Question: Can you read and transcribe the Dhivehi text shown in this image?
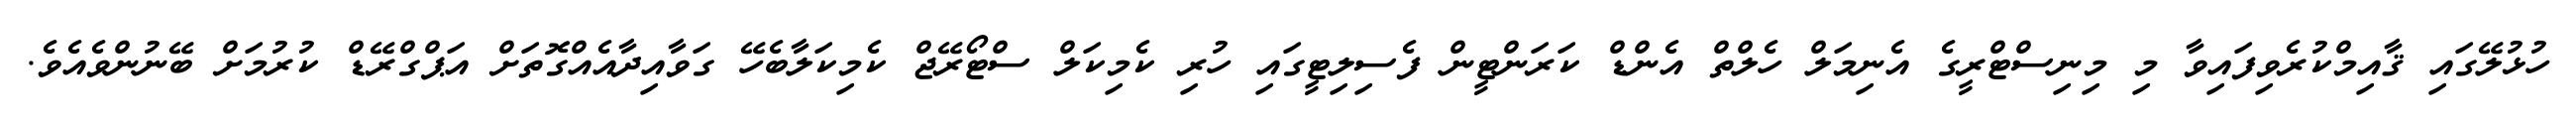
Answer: ހުޅުލޭގައި ޤާއިމްކުރެވިފައިވާ މި މިނިސްޓްރީގެ އެނިމަލް ހެލްތް އެންޑް ކަރަންޓީން ފެސިލިޓީގައި ހުރި ކެމިކަލް ސްޓޯރޭޖް ކެމިކަލާބެހޭ ގަވާއިދާއެއްގޮތަށް އަޕްގްރޭޑް ކުރުމަށް ބޭނުންވެއެވެ.